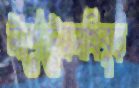
টার্গেটেরনথিবুড়